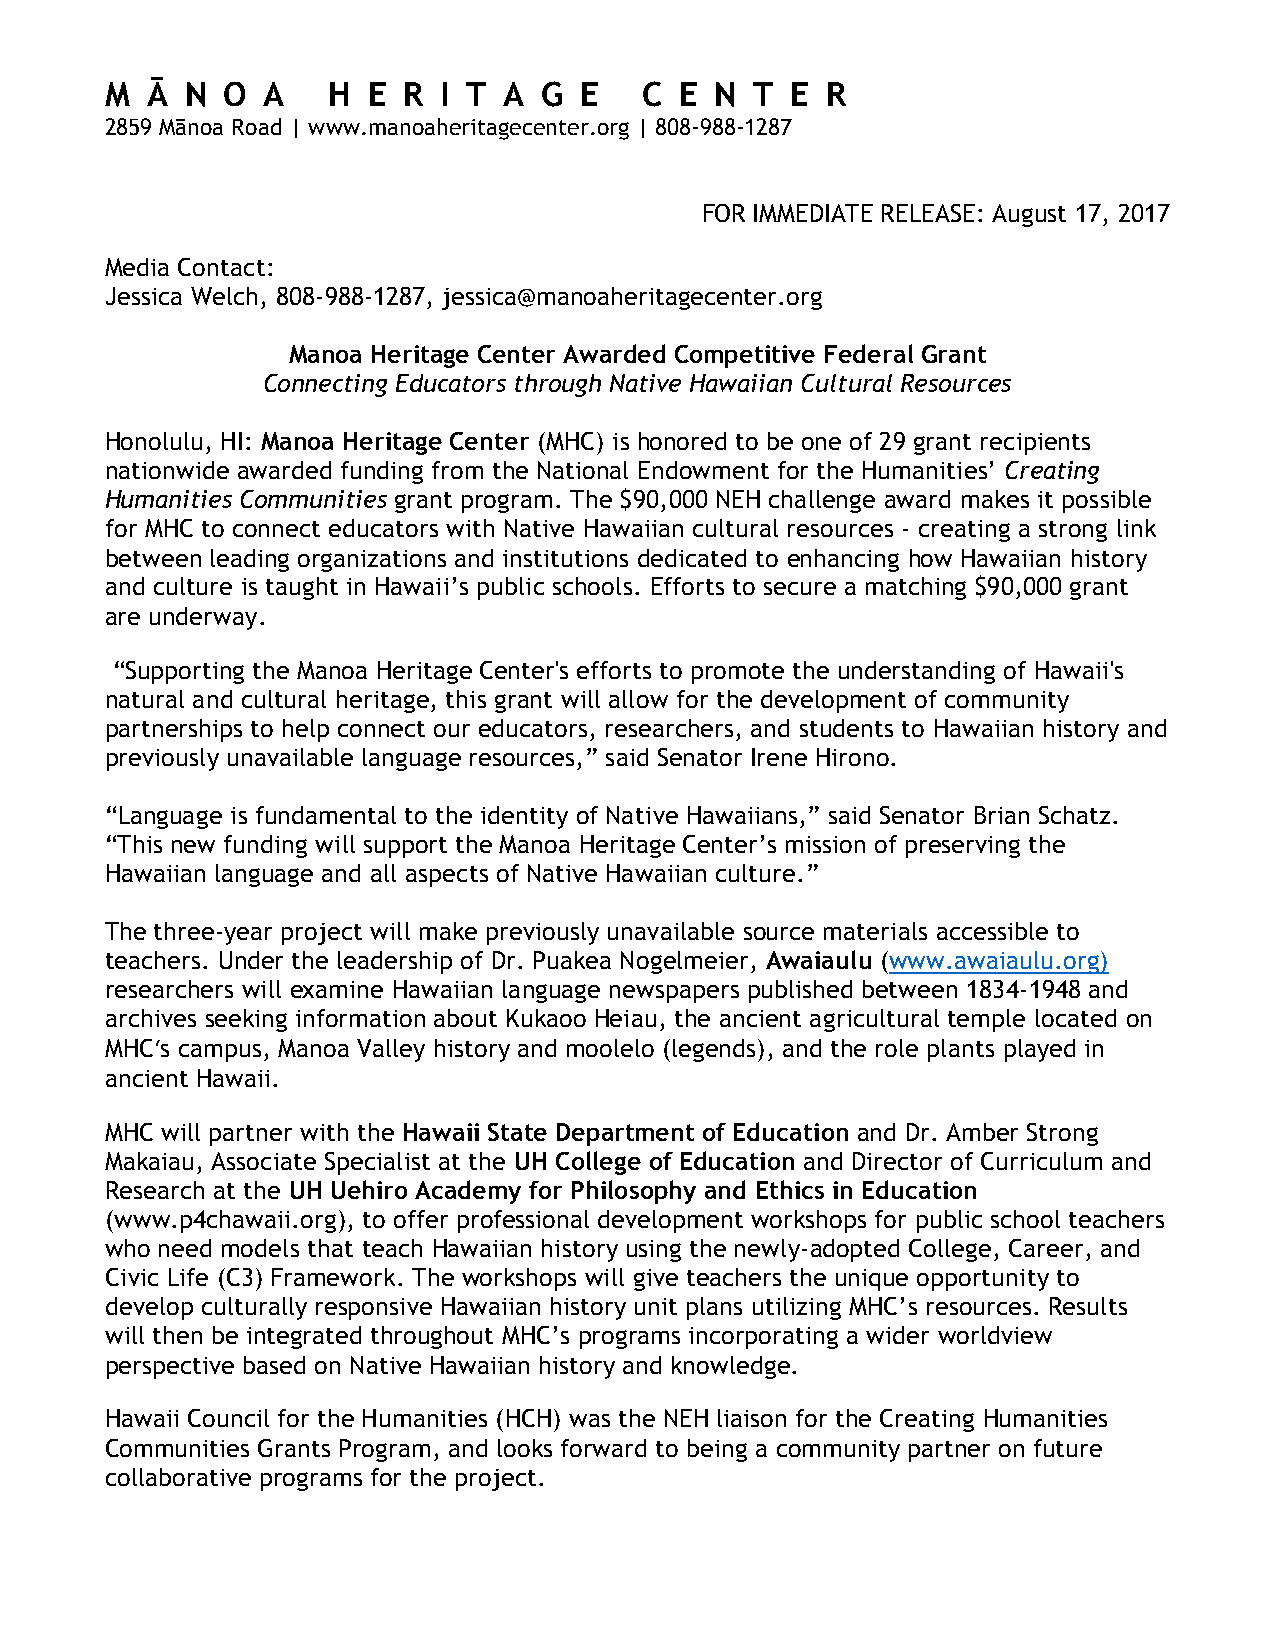
M  Ā N  O A    H E  R I T A  G E   C  E N  T E  R
 2859 Mānoa Road | www.manoaheritagecenter.org | 808-988-1287
 FOR IMMEDIATE RELEASE: August 17, 2017
 Media Contact:
 Jessica Welch, 808-988-1287, jessica@manoaheritagecenter.org
 Manoa Heritage Center Awarded Competitive Federal Grant
 Connecting Educators through Native Hawaiian Cultural Resources
 Honolulu, HI: Manoa Heritage Center (MHC) is honored to be one of 29 grant recipients
 nationwide awarded funding from the National Endowment for the Humanities’ Creating
 Humanities Communities grant program. The $90,000 NEH challenge award makes it possible
 for MHC to connect educators with Native Hawaiian cultural resources - creating a strong link
 between leading organizations and institutions dedicated to enhancing how Hawaiian history
 and culture is taught in Hawaii’s public schools. Efforts to secure a matching $90,000 grant
 are underway.
 “Supporting the Manoa Heritage Center's efforts to promote the understanding of Hawaii's
 natural and cultural heritage, this grant will allow for the development of community
 partnerships to help connect our educators, researchers, and students to Hawaiian history and
 previously unavailable language resources,” said Senator Irene Hirono.
 “Language is fundamental to the identity of Native Hawaiians,” said Senator Brian Schatz.
 “This new funding will support the Manoa Heritage Center’s mission of preserving the
 Hawaiian language and all aspects of Native Hawaiian culture.”
 The three-year project will make previously unavailable source materials accessible to
 teachers. Under the leadership of Dr. Puakea Nogelmeier, Awaiaulu (www.awaiaulu.org)
 researchers will examine Hawaiian language newspapers published between 1834-1948 and
 archives seeking information about Kukaoo Heiau, the ancient agricultural temple located on
 MHCʻs campus, Manoa Valley history and moolelo (legends), and the role plants played in
 ancient Hawaii.
 MHC will partner with the Hawaii State Department of Education and Dr. Amber Strong
 Makaiau, Associate Specialist at the UH College of Education and Director of Curriculum and
 Research at the UH Uehiro Academy for Philosophy and Ethics in Education
 (www.p4chawaii.org), to offer professional development workshops for public school teachers
 who need models that teach Hawaiian history using the newly-adopted College, Career, and
 Civic Life (C3) Framework. The workshops will give teachers the unique opportunity to
 develop culturally responsive Hawaiian history unit plans utilizing MHC’s resources. Results
 will then be integrated throughout MHC’s programs incorporating a wider worldview
 perspective based on Native Hawaiian history and knowledge.
 Hawaii Council for the Humanities (HCH) was the NEH liaison for the Creating Humanities
 Communities Grants Program, and looks forward to being a community partner on future
 collaborative programs for the project.